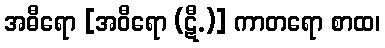
အဓီရော [အဝီရော (ဋီ.)] ကာတရော စာထ၊